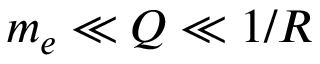
m _ { e } \ll Q \ll 1 / R